Lock hospitals Punjab
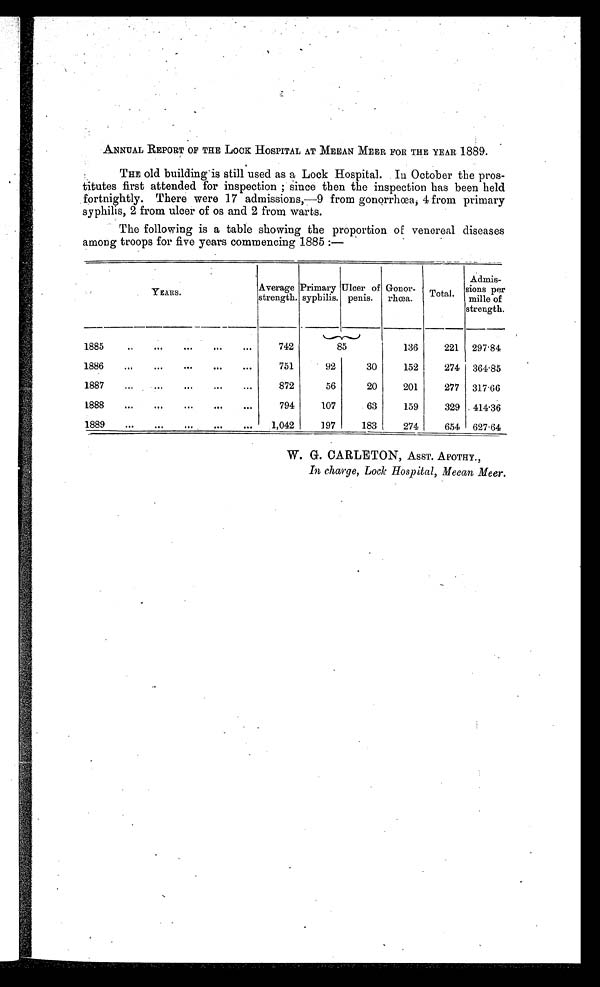
ANNUAL REPORT OF THE LOOK HOSPITAL AT MEEAN MEER FOR THE YEAR 1889.
THE old building is still used as a Lock Hospital. In October the pros-
-titutes first attended for inspection ; since then the inspection has been held
fortnightly. There were 17 admissions, —9 from gonorrhœa, 4 from primary
syphilis, 2 from ulcer of os and 2 from warts.
The following is a table showing the proportion of venereal diseases
among troops for five years commencing 1885 :—
YEARS .
A v e r a g e
strength.
Primary
syphilis.
Ulcer of
penis.
G o n o r -
rhœa.
Total.
Admis-
sions per
mile of
strength.
1885
..
. . .
. . .
. . .
...
742
85
136
221 297.84
1886
...
...
...
...
...
751
92
30
152
274
3 6 4 . 8 5
1887
...
. . .
...
. . .
...
872
56
20
201
277 317.66
1888
...
...
...
...
...
794
107
63
159
329
4 1 4 . 3 6
1889
...
...
. . . ...
...
1,042
197
183
274
654 627.64
W. G. CARLETON, ASST. APOTHY.,
In charge, Lock Hospital, Meean Meer.